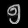
Digit: ၅